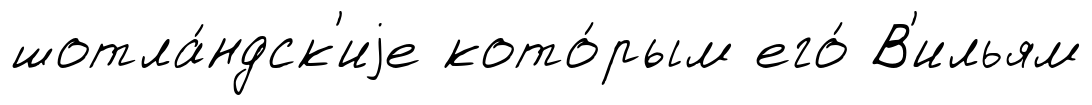
шотла́ндск'иjе кото́рым его́ В'ильям